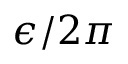
\epsilon / 2 \pi